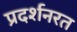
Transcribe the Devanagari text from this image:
प्रदर्शनरत